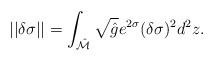
LaTeX: \begin{align*}|| \delta\sigma || =\int_{\hat {\cal M}} \sqrt{\hat g} e^{2\sigma} (\delta\sigma)^2 d^2z.\end{align*}